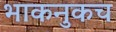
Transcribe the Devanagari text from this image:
भाकनुकच